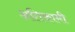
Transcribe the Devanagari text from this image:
अतिकामी